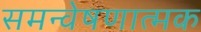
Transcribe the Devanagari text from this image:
समन्वेषणात्मक